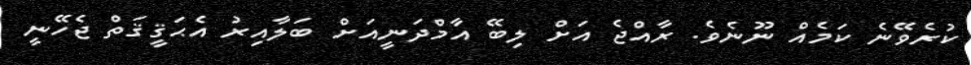
ކުރެވޭނެ ކަމެއް ނޫނެވެ. ރާއްޖެ އަށް ލިބޭ އާމްދަނީއަށް ބަލާއިރު އެޙަޤީޤަތް ޖެހޭނީ